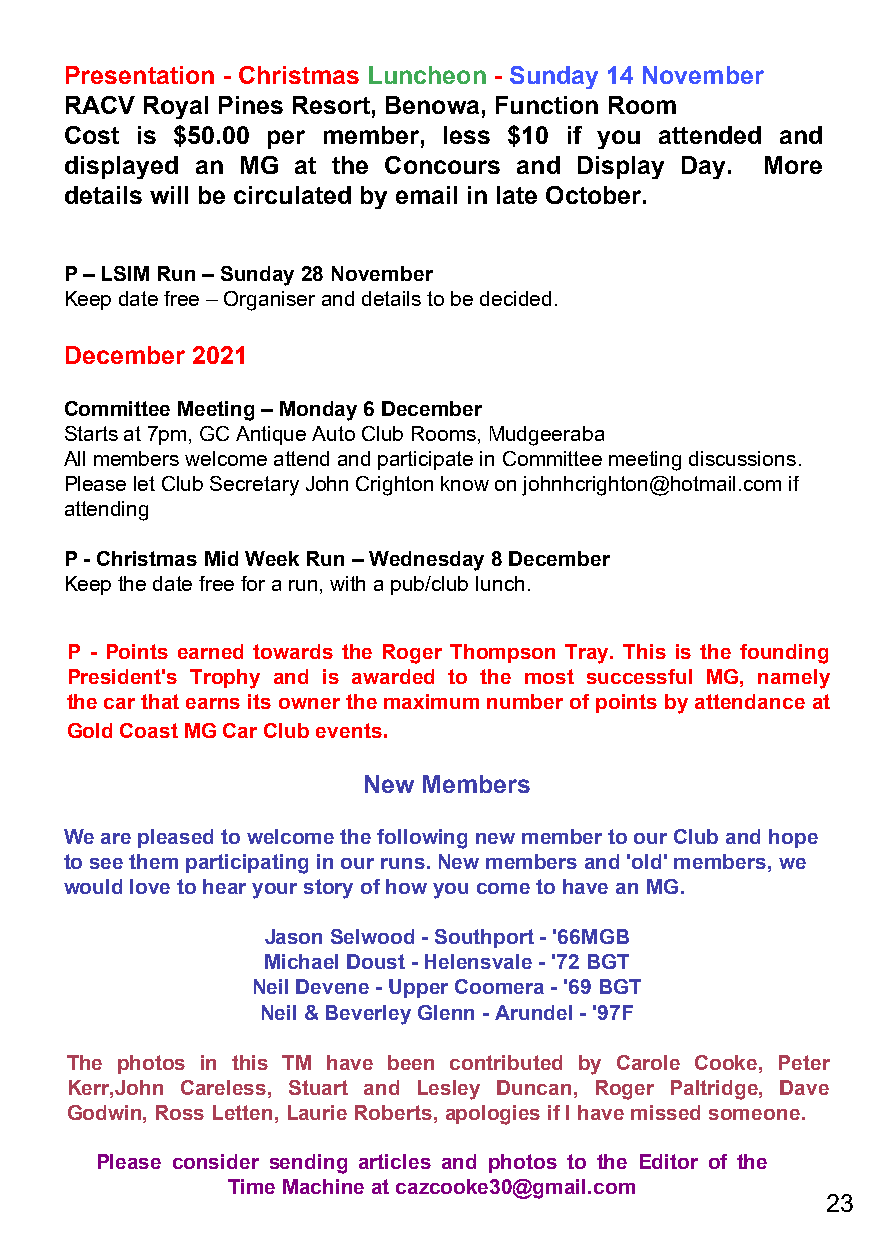
Presentation - Christmas Luncheon - Sunday 14 November
 RACV Royal Pines Resort, Benowa, Function Room
 Cost is $50.00 per member, less $10 if you attended and
 displayed an MG at the Concours and Display Day. More
 details will be circulated by email in late October.
 P – LSIM Run – Sunday 28 November
 Keep date free – Organiser and details to be decided.
 December 2021
 Committee Meeting – Monday 6 December
 Starts at 7pm, GC Antique Auto Club Rooms, Mudgeeraba
 All members welcome attend and participate in Committee meeting discussions.
 Please let Club Secretary John Crighton know on johnhcrighton@hotmail.com if
 attending
 P - Christmas Mid Week Run – Wednesday 8 December
 Keep the date free for a run, with a pub/club lunch.
 P - Points earned towards the Roger Thompson Tray. This is the founding
 President's Trophy and is awarded to the most successful MG, namely
 the car that earns its owner the maximum number of points by attendance at
 Gold Coast MG Car Club events.
 New Members
 We are pleased to welcome the following new member to our Club and hope
 to see them participating in our runs. New members and 'old' members, we
 would love to hear your story of how you come to have an MG.
 Jason Selwood - Southport - '66MGB
 Michael Doust - Helensvale - '72 BGT
 Neil Devene - Upper Coomera - '69 BGT
 Neil & Beverley Glenn - Arundel - '97F
 The photos in this TM have been contributed by Carole Cooke, Peter
 Kerr,John Careless, Stuart and Lesley Duncan, Roger Paltridge, Dave
 Godwin, Ross Letten, Laurie Roberts, apologies if I have missed someone.
 Please consider sending articles and photos to the Editor of the
 Time Machine at cazcooke30@gmail.com
 23